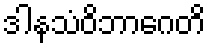
ဒါနသံဝိဘာဂေတိ